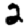
Digit: 2